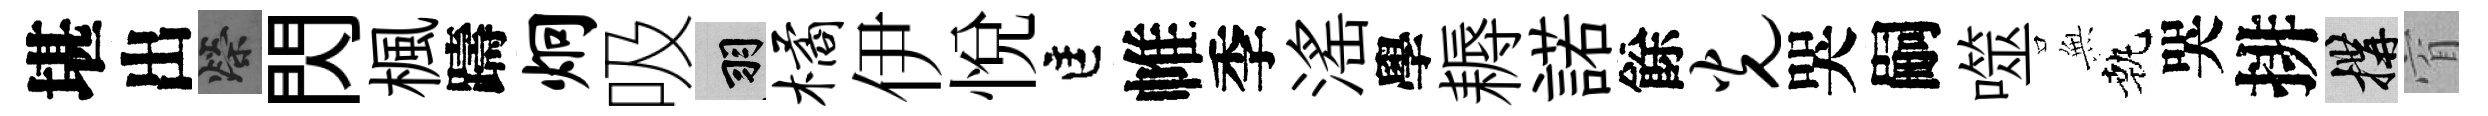
堪出榮閃楓躊炯吸羽橘伊悦匡帷季滛學耨諾餘光哭嗣噬𭴾執哭排構窅